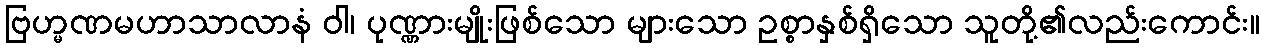
ဗြဟ္မဏမဟာသာလာနံ ဝါ၊ ပုဏ္ဏားမျိုးဖြစ်သော များသော ဥစ္စာနှစ်ရှိသော သူတို့၏လည်းကောင်း။